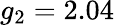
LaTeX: g_{2}=2.04